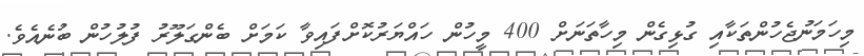
މިހަމަނުޖެހުންތަކާއި ގުޅިގެން މިހާތަނަށް 400 މީހުން ހައްޔަރުކޮށްފައިވާ ކަމަށް ބެންގަލޫރު ފުލުހުން ބުނެއެވެ.